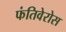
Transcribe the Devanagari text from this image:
फंतिवेरोस